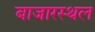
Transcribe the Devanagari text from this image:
बाजारस्थल